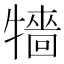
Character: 𤛷